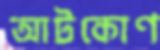
আটকোণ